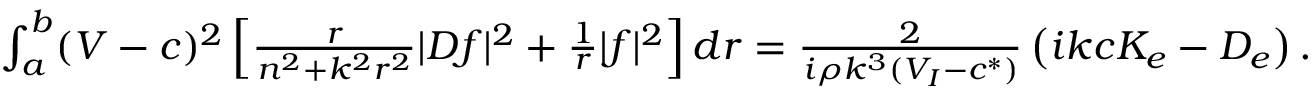
\begin{array} { r } { \int _ { a } ^ { b } ( V - c ) ^ { 2 } \left[ \frac { r } { n ^ { 2 } + k ^ { 2 } r ^ { 2 } } | D f | ^ { 2 } + \frac { 1 } { r } | f | ^ { 2 } \right] d r = \frac { 2 } { i \rho k ^ { 3 } ( V _ { I } - c ^ { * } ) } \left( i k c K _ { e } - D _ { e } \right) . } \end{array}